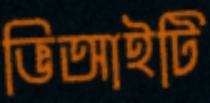
ভিআইটি